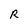
Character: R